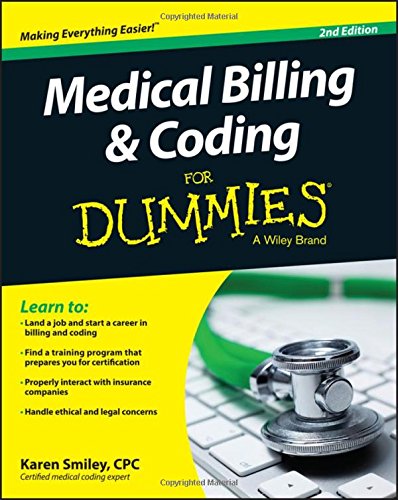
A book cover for Medical Billing and Coding For Dummies; Karen Smiley; Medical Books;